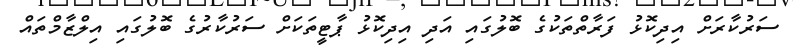
ސަރުކާރަށް އިދިކޮޅު ފަރާތްތަކުގެ ބޮލުގައި އަދި އިދިކޮޅު ޕާޓީތަކަށް ސަރުކާރުގެ ބޮލުގައި އިލްޒާމްތައް